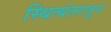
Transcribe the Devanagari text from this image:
स्थित्यंतरातून